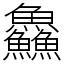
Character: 鱻